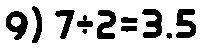
9) 7÷2=3.5